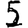
Digit: 5